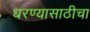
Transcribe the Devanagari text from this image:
धरण्यासाठीचा